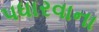
પધારવાના